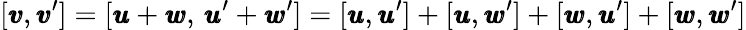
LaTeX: [{\pmb v},{\pmb v}^{\prime}]=[{\pmb u}+{\pmb w},\, {\pmb u}^{\prime}+{\pmb w}^{\prime}]=[{\pmb u},{\pmb u}^{\prime}]+[{\pmb u},{\pmb w}^{\prime}]+[{\pmb w},{\pmb u}^{\prime}]+[{\pmb w},{\pmb w}^{\prime}]